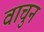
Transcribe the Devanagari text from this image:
वाचुन